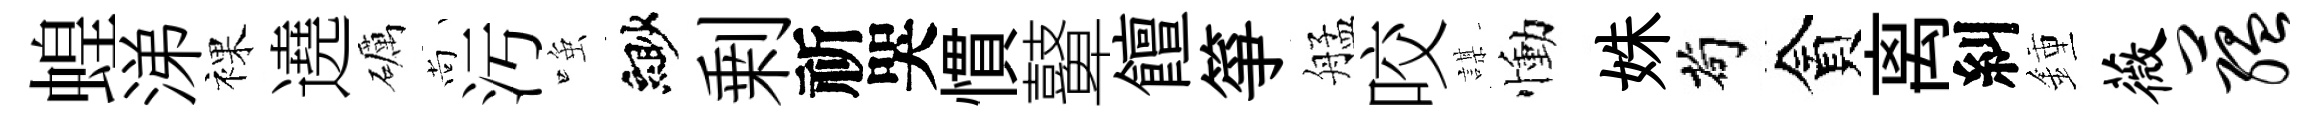
蝗涕裸遶礪尚污𫪻緲剰祈哭慣鼙饘箏艋咬謀慟姝茍貪离糾鍾薇蕴